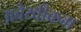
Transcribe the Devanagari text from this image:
अबेय्वीक्रम